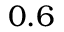
0 . 6